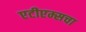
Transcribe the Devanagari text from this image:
एटीएम्सचा